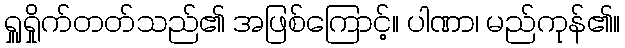
ရှူရှိုက်တတ်သည်၏ အဖြစ်ကြောင့်။ ပါဏာ၊ မည်ကုန်၏။